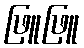
ဖြူဖြူ